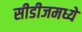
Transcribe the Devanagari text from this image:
सीडीजमध्ये